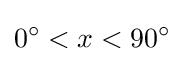
0^{\circ }<x<90^{\circ }